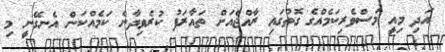
އަދި މިއީ މަސްވެރިކަމެއްގެ ގޮތުގައި ރާއްޖެއަށް ތައާރަފު ކުރެވިދާނެ ކަމެއްކަން އެނގޭނީ މި